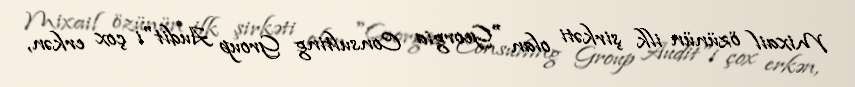
Mixail özünün ilk şirkəti olan "Georgia Consulting Group Audit"i çox erkən,